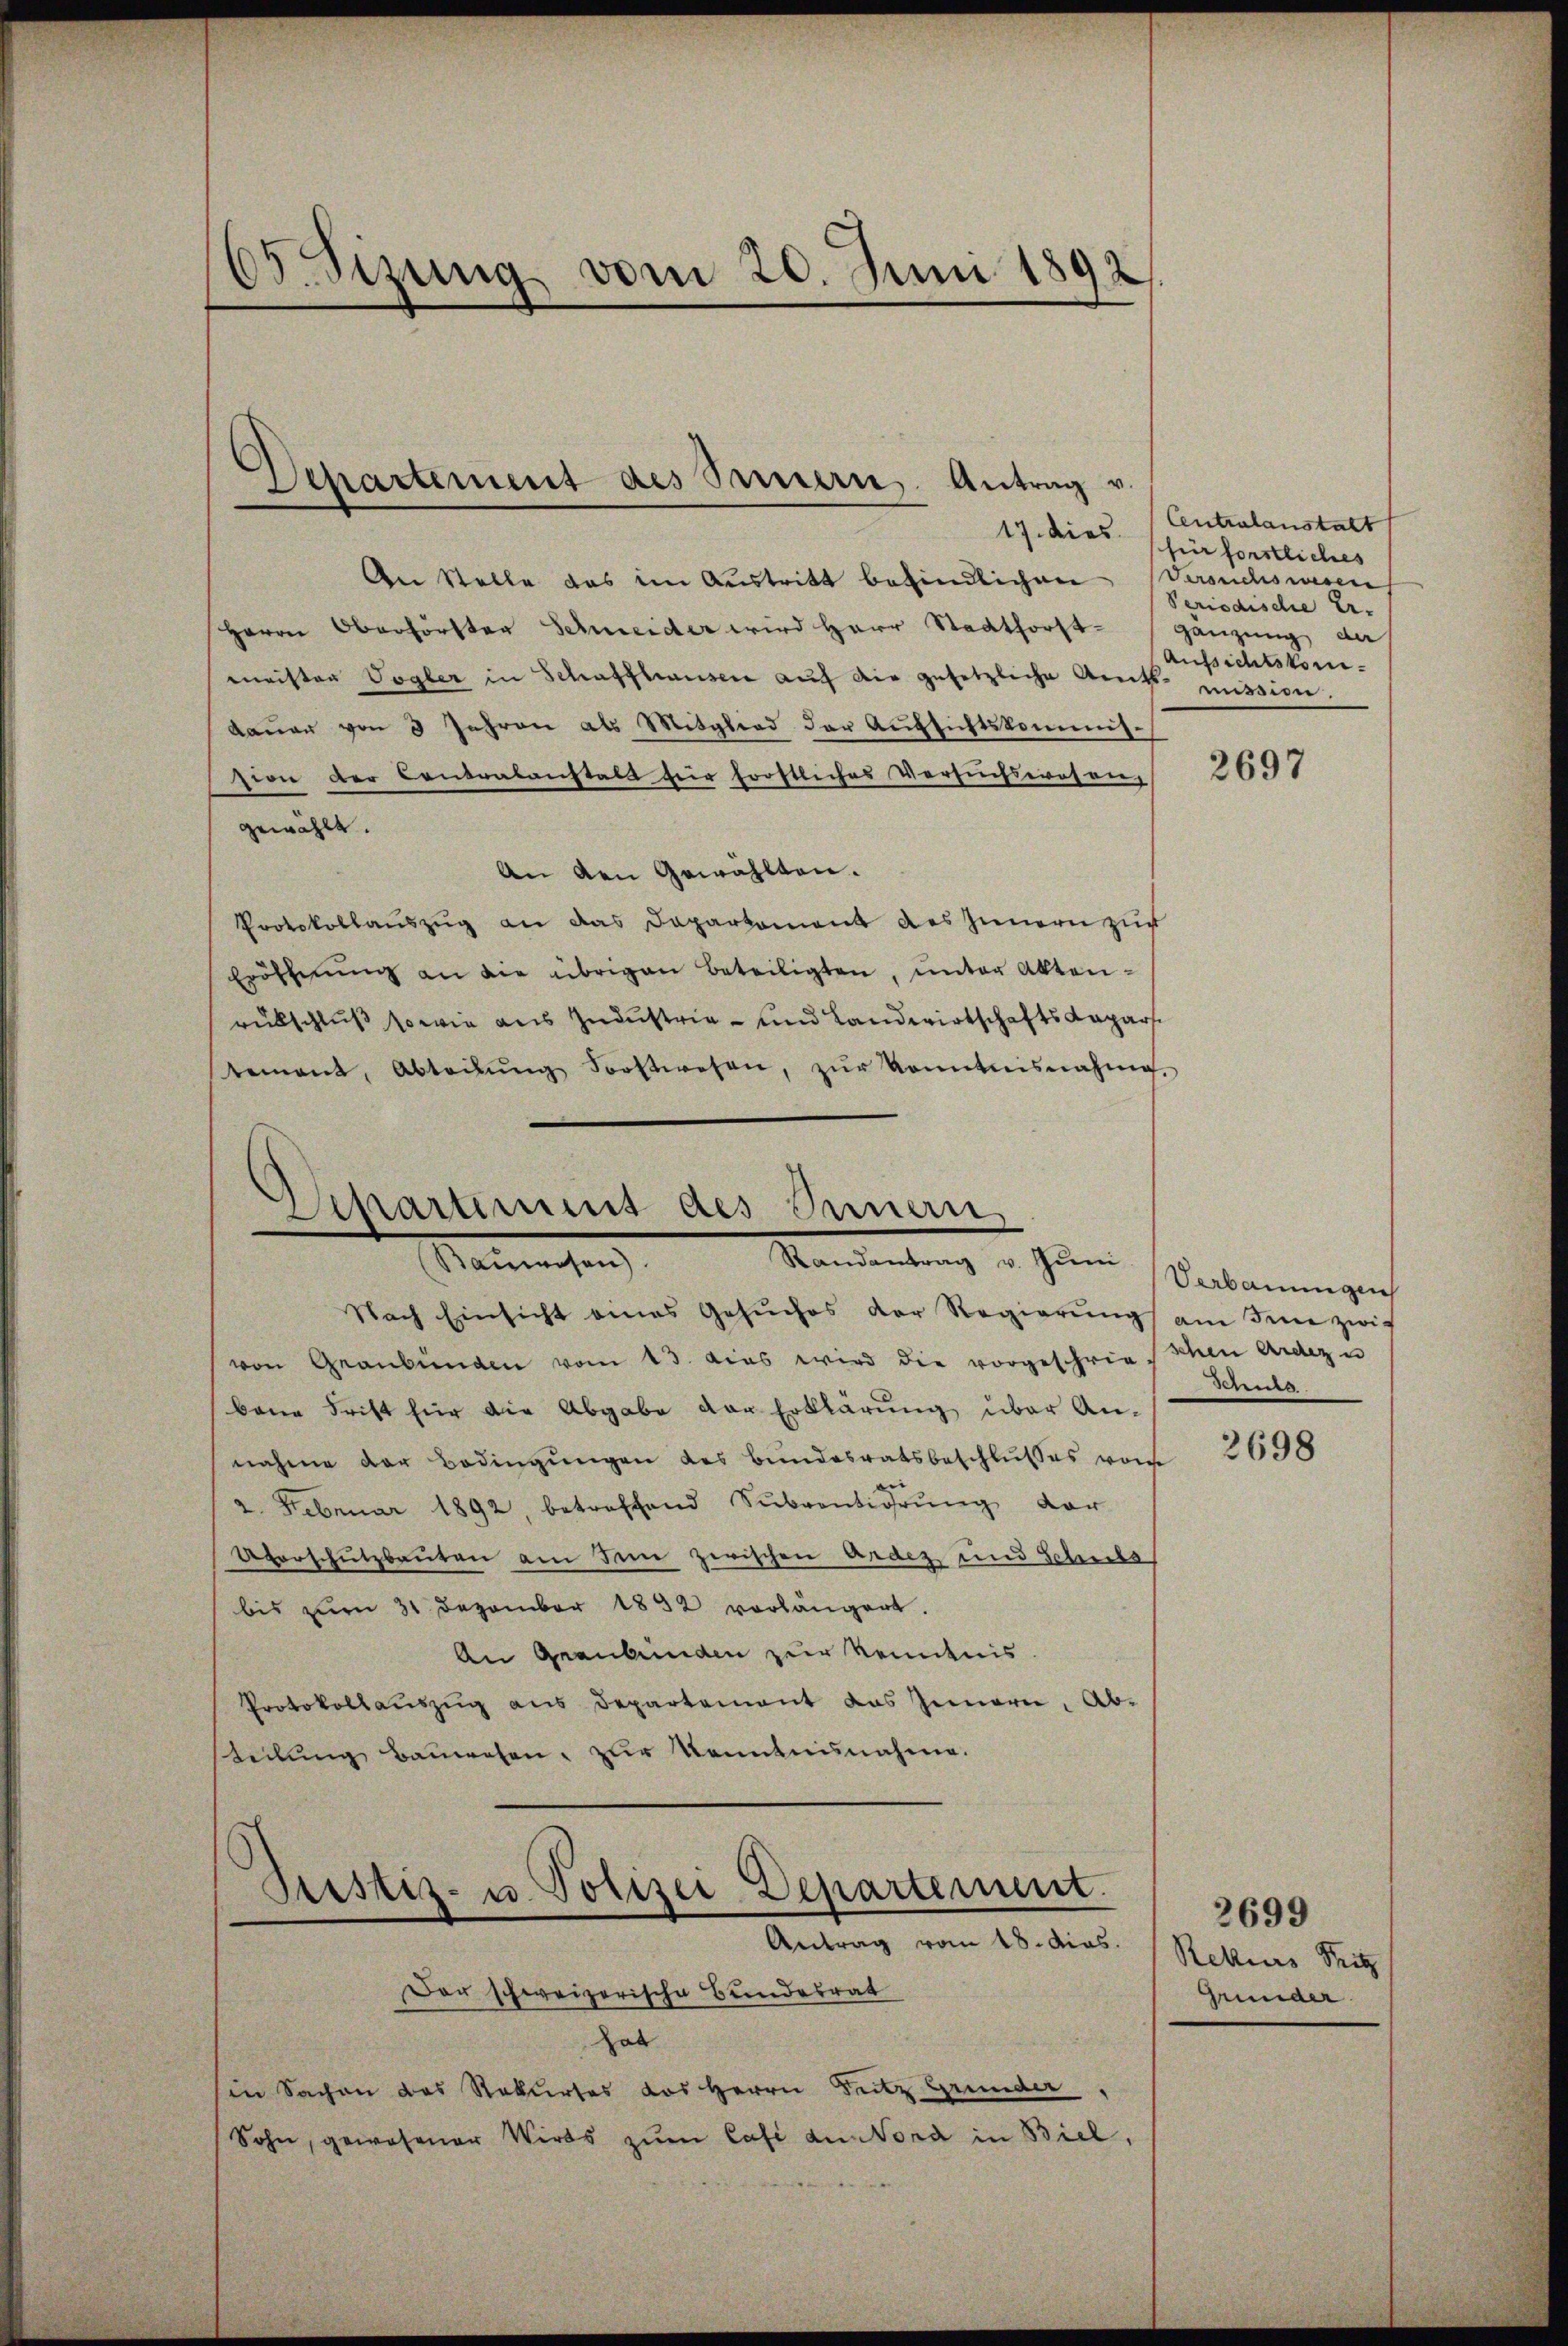
Sizung vom 20. Juni 1892

An Stelle das im Austritt befindlichen Versuchswesen
Herrn Oberförster Scheider wird Herr Stadtforst- gänzung der
meister Vogler in Schaffhausen auf die gesetzliche Amts mission
daŭer von 3 Jahren als Mitglied der Aŭfsichtskommis-
zivie der Contralanstalt für frostliches Versuchswrosengewählt.
An den Gewählten.
Protokollaŭszŭg an das Dapartament des Innern zu
Eröffnŭng an die übrigen Beteiligten, unter Aktenrutschluß so wie aus Industrie - und Landwirtschafts-Kapars.
tement, Abteilŭng Forstwesen, zŭr Kenntnisnahme,

Departement des Innern Antrag v.

Mamachen
Nach Einsicht eines Gesŭches der Regierŭng am Sinne zwif
von Graubünden vom 13. das wird die vorgeschrie schen Ardezu
bana Frist für die Abgabe der Erklärung über Annahme der Bedingungen des Bundesratsbeschlusses was
2Februar 1892, betreffend Subventirŭng vor
Averschutzbauten am Sinne zerischen Ardez und Schule
bis zum 31. Dezember 1852 vorlängert.
An Graubünden zur Kenntnis.
Protokollaŭszŭg ans Departement das Innern, Ab-
teilung bauwesen, zur Kenntnisnahme.
Der schweizerische Bundesrat
Das
in Sachen des Rekurses das Herrn Seitz Grunder
Sohn, gewesener Wirts zum Casi an Mord in Biel,

Separtemes des Bauern
Randantrag v. Juni

Justiz- u Polizei Departement.
Antrag vom 18. dias.

17. dies. Centralanstalt
für forstliches
Periodische Er-
Aufsichtskom¬

2697

Verbauungen
ung.

2698

2699
Rekurs Fritz
Grunder